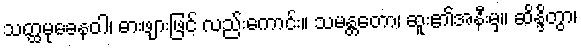
သတ္ထမုခေနဝါ၊ ဓားဖျားဖြင့် လည်းကောင်း။ သမန္တတော၊ ဆူး၏အနီးမှ။ ဆိန္ဒိတွာ၊